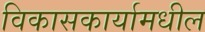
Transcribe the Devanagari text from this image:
विकासकार्यामधील